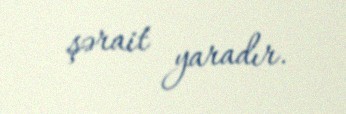
şərait yaradır.